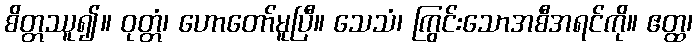
စိတ္တဿူ၍။ ဝုတ္တံ၊ ဟောတော်မူပြီ။ သေသံ၊ ကြွင်းသောအစီအရင်ကို။ ဧတ္ထ၊